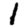
Digit: 1